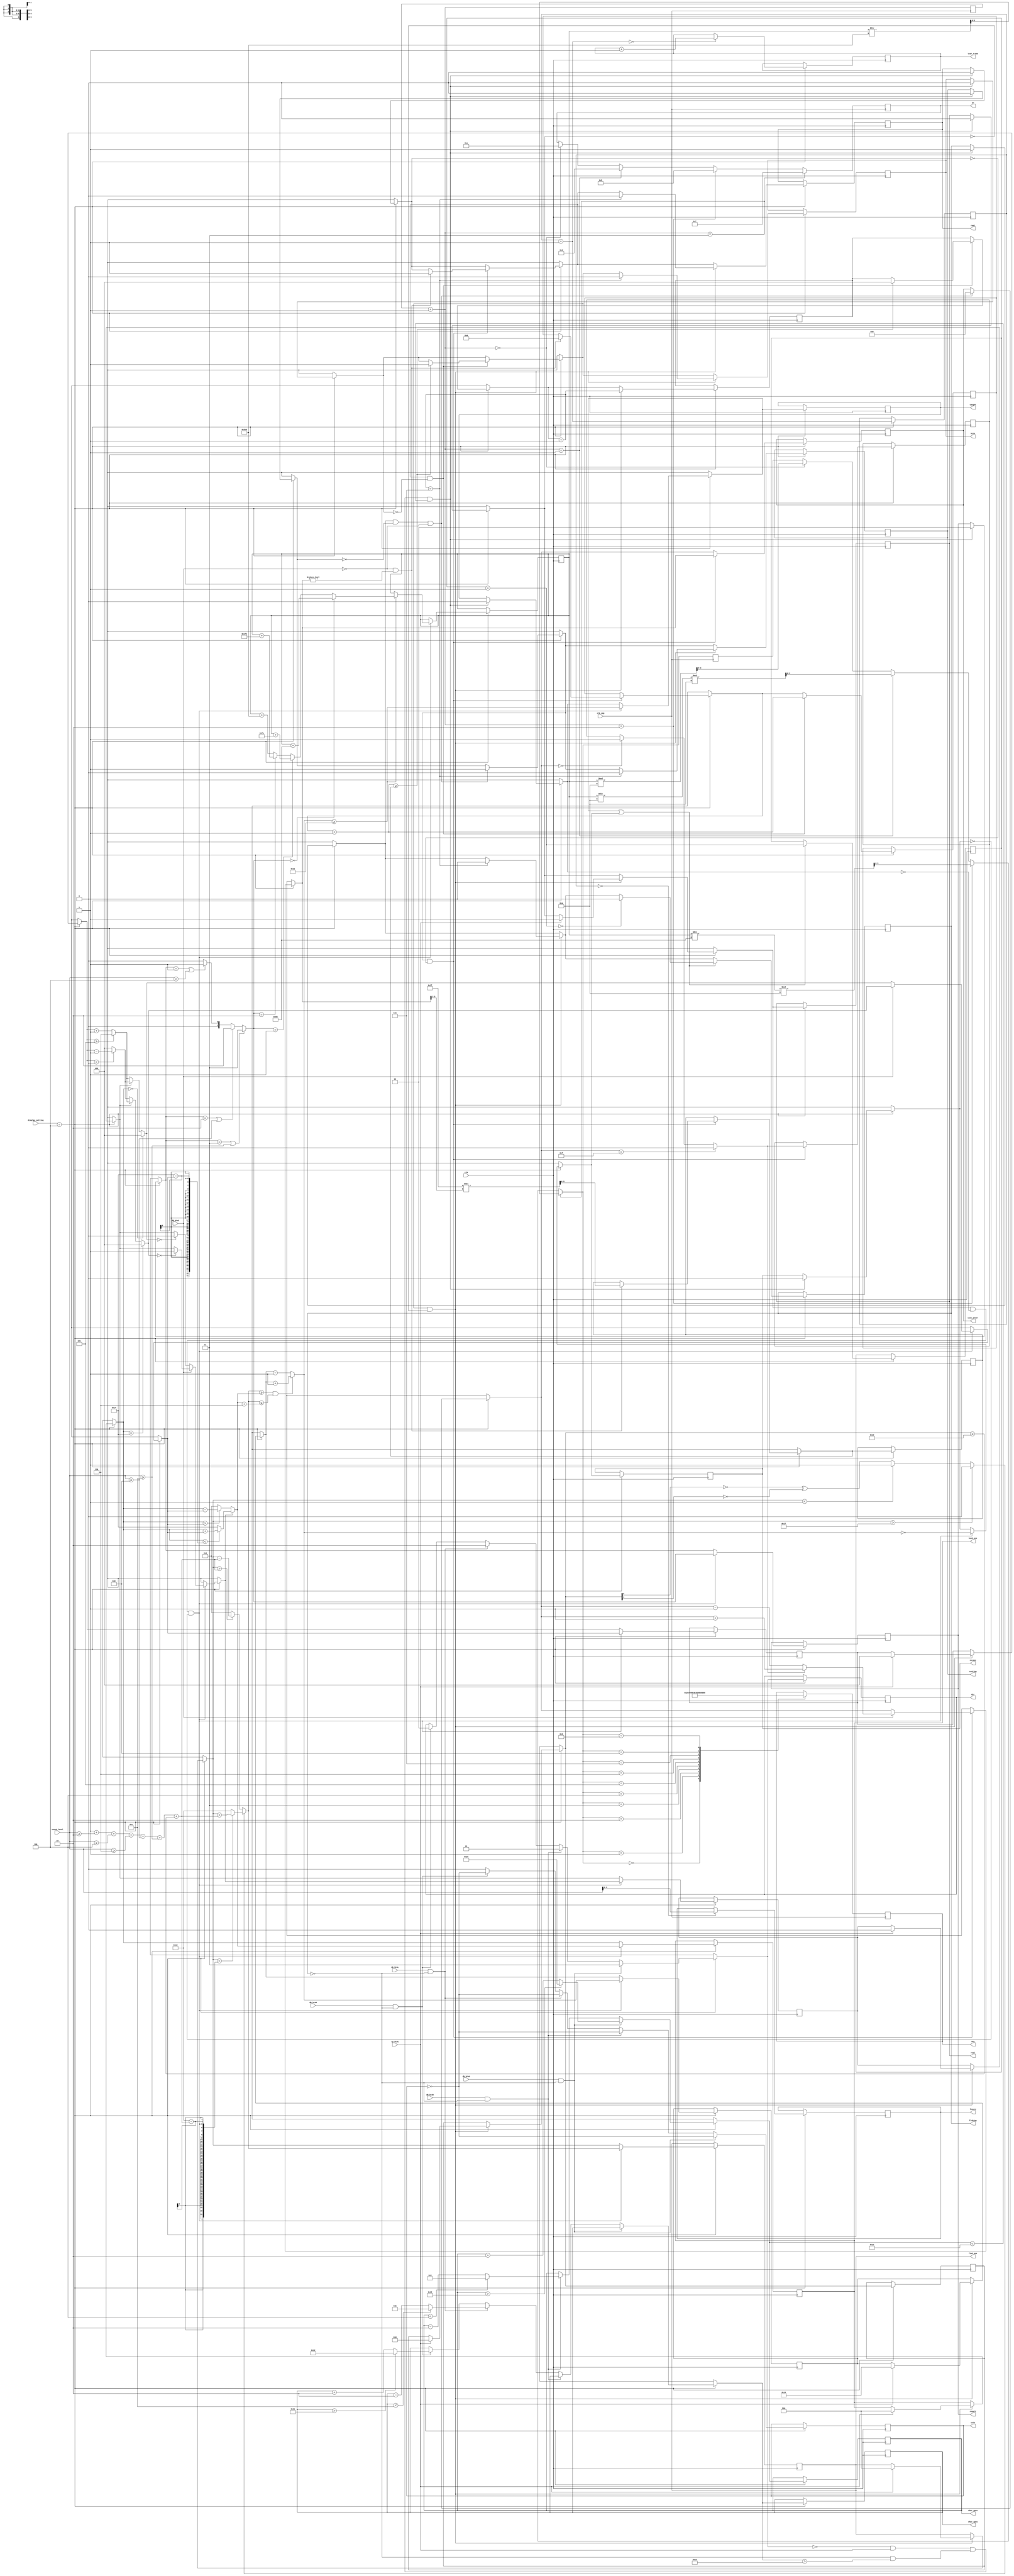
`timescale 1ns / 1ps
//////////////////////////////////////////////////////////////////////////////////
// Company: 
// Engineer: 
// 
// Design Name: 
// Module Name: fishing_game_settings
// Project Name: 
// Target Devices: 
// Tool Versions: 
// Description: 
// 
// Dependencies: 
// 
// Revision:
// Revision 0.01 - File Created
// Additional Comments:
// 
//////////////////////////////////////////////////////////////////////////////////


module fishing_game_settings(
    input clk,
    input clk_seg,
    input [2:0] display_setting, 
    input db_btnU, 
    input db_btnD, 
    input db_btnL, 
    input db_btnR, 
    input sp_btnC,
    input db_btnC,
    input [3:0] sound_level,
    output reg [6:0] char_xpos = 20,
    output reg [5:0] char_ypos = 31,
    output reg walk = 0,
    output reg [1:0] dir = 1, //0: right, 1: down, 2: left, 3: up
    output reg fishing = 0,
    output reg casting = 0,
    output reg cast = 0,
    output reg bite = 0,
    output reg reel = 0,
    output reg caught = 0,
    output reg escape = 0,
    output reg [3:0] cast_power,
    output reg [4:0] fish_pos,
    output reg [4:0] hook_pos,
    output reg [1:0] result,
    output reg [1:0] leaf_frame = 0,
    output reg [2:0] leaves = 0,
    output reg [6:0] seg,
    output reg [3:0] an
    );
    
    reg count_up = 1;
    reg [5:0] time_counter;
    reg [5:0] time_bite;
    reg [2:0] time_pull;
    
    reg [5:0] time_reel;
    reg [6:0] time_catching;
    reg fish_dir;
    reg hook_dir;
    reg [2:0] fish_speed;
    reg [2:0] hook_speed;
    reg [4:0] time_result = 0;
    reg [1:0] leaf_timer = 0;
    reg [12:0] score = 0;
    reg [1:0] seg_pos = 0;
    reg [3:0] digit = 0;
    
    always @ (posedge clk_seg) begin
        seg_pos = seg_pos + 1;
        if (seg_pos == 0) begin
            an = 4'b1110;
            digit = score % 10;
        end
        if (seg_pos == 1) begin
            an = 4'b1101;
            digit = (score / 10) % 10;
        end
        if (seg_pos == 2) begin
            an = 4'b1011;
            digit = (score / 100) % 10;
        end
        if (seg_pos == 3) begin
            an = 4'b0111;
            digit = score / 1000;
        end
        case (digit) 
        0: begin seg = 7'b1000000; end
        1: begin seg = 7'b1111001; end
        2: begin seg = 7'b0100100; end
        3: begin seg = 7'b0110000; end
        4: begin seg = 7'b0011001; end
        5: begin seg = 7'b0010010; end
        6: begin seg = 7'b0000010; end
        7: begin seg = 7'b1111000; end
        8: begin seg = 7'b0000000; end
        9: begin seg = 7'b0010000; end
        endcase
    end
    
    always @ (posedge clk) begin
        if (display_setting == 4) begin
            leaves = leaf_timer == 0 ? sound_level[3:1] : leaves;
            leaf_timer = leaf_timer + 1;
            leaf_frame = leaf_timer == 0 ? leaf_frame + 1 : leaf_frame;
            if (db_btnU && !fishing) begin
                dir = 3;
                walk = !walk;
                char_ypos = char_ypos > 40 ? 41 : char_ypos + 2;
            end
            else if (db_btnD && !fishing) begin
                dir = 1;
                walk = !walk;
                char_ypos = char_ypos < 4 ? 3 : char_ypos - 2;
            end
            else if (db_btnL && !fishing) begin
                dir = 2;
                walk = !walk;
                char_xpos = char_xpos < 12 ? 11 : char_xpos - 2;
            end
            else if (db_btnR && !fishing) begin
                dir = 0;
                walk = !walk;
                char_xpos = char_xpos > 33 ? 34 : char_xpos + 2;
            end
            else begin
                walk = 0;
            end
            if (dir == 0 && sp_btnC && !fishing & char_xpos > 30 && char_ypos < 42) begin
                fishing = 1;
                casting = 0;
                cast = 0;
                bite = 0;
                reel = 0;
                escape = 0;
                caught = 0;
                result = 0;
            end
            if (fishing && !casting && !db_btnC) begin
            casting = 1;
            cast_power = 0;
            end
            if (casting && !cast) begin
                count_up = cast_power == 15 ? 0 : cast_power == 0 ? 1 : count_up;
                if (db_btnC) begin
                  cast_power = count_up ? cast_power + 1 : cast_power - 1;
                end
                if (!db_btnC && cast_power != 0) begin
                    cast = 1;
                    time_bite = 63 / cast_power[3:1];
                    time_counter = 0;
                end
            end
            if (cast && !bite) begin
                time_counter = time_counter + 1;
                if (time_counter >= time_bite) begin
                    bite = 1;
                    time_pull = 0;
                end
            end
            if (bite && !reel) begin
                time_pull = time_pull + 1;
                if (time_pull == 7) begin
                    fishing = 0;
                    casting = 0;
                    cast = 0;
                    bite = 0;
                end
                if (sp_btnC) begin
                    reel = 1;
                    fish_pos = 10;
                    hook_pos = 10;
                    time_reel = 20;
                    time_catching = 0;
                    fish_dir = 0;
                    hook_dir = 0;
                    fish_speed = 0;
                    hook_speed = 0;
                end
            end
            if (reel && !caught && !escape) begin
                if (db_btnC) begin
                    hook_speed = hook_pos == 20 ? 0 : hook_dir ? hook_speed >= 5 ? 6 : hook_speed + 1 : hook_speed > 0 ? hook_speed - 1 : 0;
                    hook_dir = hook_speed == 0 ? 1 : hook_dir;
                end
                else begin
                    hook_speed = hook_pos == 0 ? 0 : !hook_dir ? hook_speed >= 5 ? 6 : hook_speed + 1 : hook_speed > 0 ? hook_speed - 1 : 0;
                    hook_dir = hook_speed == 0 ? 0 : hook_dir;
                end
                hook_pos = hook_dir ? hook_pos < 20 - hook_speed ? hook_pos + hook_speed : 20 : hook_pos > hook_speed ? hook_pos - hook_speed : 0; 
                fish_dir = fish_pos > 23 ? 0 : fish_pos < 1 ? 1 : !time_catching[5] ^ !time_catching[3];
                fish_speed = 1 + (sound_level >= 2) + (sound_level >= 4) + (sound_level >= 6) + (sound_level >= 8) + (sound_level >= 12) + (time_catching >= 32);
                fish_pos = fish_dir ? fish_pos < 25 - fish_speed ? fish_pos + fish_speed : 25 : fish_pos > fish_speed ? fish_pos - fish_speed : 0;
                result = result == 3 || sound_level >= 12 ? 3 : result == 2 || sound_level >= 8 ? 2 : result == 1 || sound_level > 4 ? 1 : 0;
                
                time_reel = fish_pos >= hook_pos && fish_pos <= hook_pos + 6 ? time_reel + 1 : time_reel - 1;
                escape = time_reel == 0;
                caught = time_reel >= 50;
                score = caught ? result == 0 ? score + 100 : result == 1 ? score + 250 : result == 2 ? score + 500 : score + 1000 : score;
            end
            
            if (caught || escape) begin
            time_result = time_result + 1;
                if (time_result == 0) begin
                fishing = 0;
                end
            end 
            
        end
    end
    
endmodule